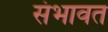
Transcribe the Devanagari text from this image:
संभावत